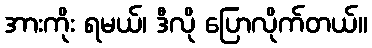
အားကိုး ရမယ်၊ ဒီလို ပြောလိုက်တယ်။